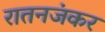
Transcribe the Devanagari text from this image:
रातनजंकर